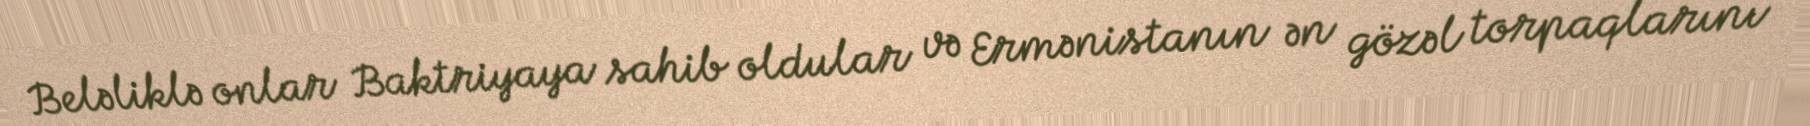
Beləliklə onlar Baktriyaya sahib oldular və Ermənistanın ən gözəl torpaqlarını